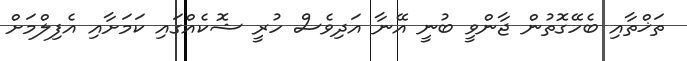
ތަޚްތާއި ބެހޭގޮތުން ޖާންވީ ބުނީ އޭނާ އަދިވެސް ހުރީ ޝޮކެއްގައި ކަމަށާއި އެފިލްމަށް